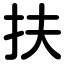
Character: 扶